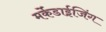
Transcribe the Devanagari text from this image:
मर्केंडाईजिंग